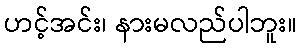
ဟင့်အင်း၊ နားမလည်ပါဘူး။